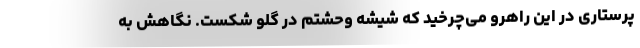
پرستاری در این راهرو می‌چرخید که شیشه وحشتم در گلو شکست. نگاهش به